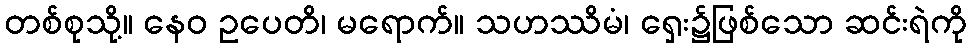
တစ်စုသို့။ နေဝ ဥပေတိ၊ မရောက်။ သဟဿိမံ၊ ရှေး၌ဖြစ်သော ဆင်းရဲကို